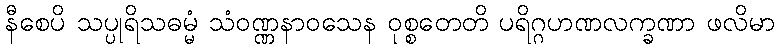
နီစေပိ သပ္ပုရိသဓမ္မံ သံဝဏ္ဏနာဝသေန ဝုစ္စတေတိ ပရိဂ္ဂဟဏလက္ခဏာ ဖလိမာ